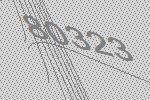
80323